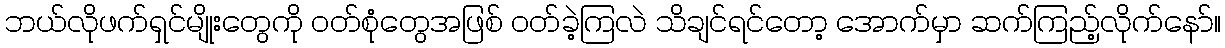
ဘယ်လိုဖက်ရှင်မျိုးတွေကို ဝတ်စုံတွေအဖြစ် ဝတ်ခဲ့ကြလဲ သိချင်ရင်တော့ အောက်မှာ ဆက်ကြည့်လိုက်နော်။